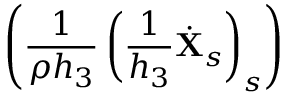
\left( \frac { 1 } { \rho h _ { 3 } } \left( \frac { 1 } { h _ { 3 } } \dot { \mathbf { X } } _ { s } \right) _ { s } \right)